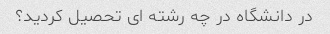
در دانشگاه در چه رشته ای تحصیل کردید؟